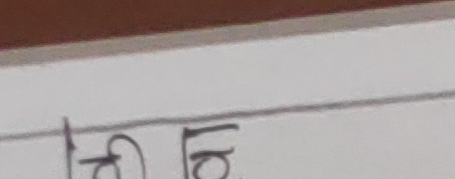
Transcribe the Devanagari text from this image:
ती आर